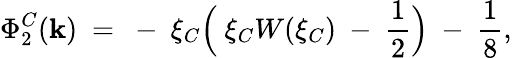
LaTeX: \Phi_{2}^{C}(\mathbf{k})~=~-~\xi_{C}\Bigl(~\xi_{C}W(\xi_{C})~-~\frac{{1}}{{2}}\Bigr)~-~\frac{{1}}{{8}},